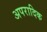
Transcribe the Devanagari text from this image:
अपरादिक